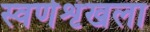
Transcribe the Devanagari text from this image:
स्वर्णशृंखला